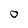
Character: 0